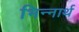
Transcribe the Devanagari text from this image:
भिन्नार्थ